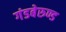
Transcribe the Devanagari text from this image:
गंडबेरुण्ड